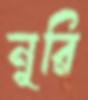
নূরি